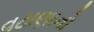
વટાણાનો